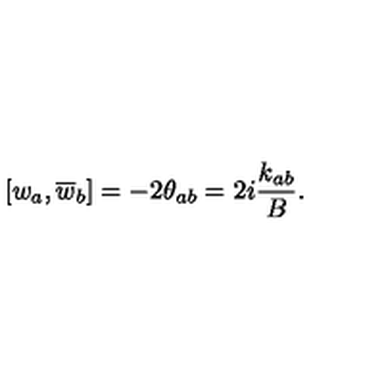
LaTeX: \left[ w _ { a } , \overline { { w } } _ { b } \right] = - 2 \theta _ { a b } = 2 i \frac { k _ { a b } } { B } .